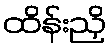
ထိန်းညှိ